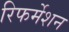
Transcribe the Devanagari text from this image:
रिफर्मेशन